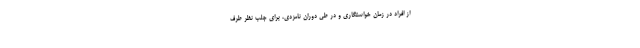
از افراد در زمان خواستگاری و در طی دوران نامزدی، برای جلب نظر طرف